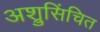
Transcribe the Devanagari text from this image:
अश्रुसिंचित